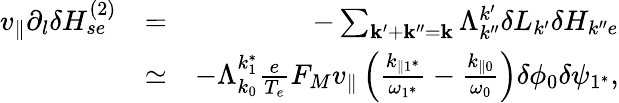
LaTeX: \begin{array}{rlr}{v_{\parallel}\partial_{l}\delta H_{se}^{(2)}}&{=}&{-\sum_{\mathbf{k}^{\prime}+\mathbf{k}^{\prime\prime}=\mathbf{k}}\Lambda_{k^{\prime\prime}}^{k^{\prime}}\delta L_{k^{\prime}}\delta H_{k^{\prime\prime}e}}\\ &{\simeq}&{-\Lambda_{k_{0}}^{k_{1}^{*}}\frac{e}{T_{e}}F_{M}v_{\parallel}\left(\frac{k_{\parallel 1^{*}}}{\omega_{1^{*}}}-\frac{k_{\parallel 0}}{\omega_{0}}\right)\delta\phi_{0}\delta\psi_{1^{*}},}\end{array}